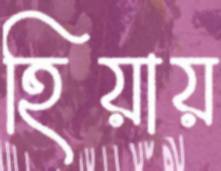
হিয়ায়